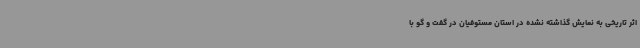
اثر تاریخی به نمایش گذاشته نشده در استان مستوفیان در گفت و گو با